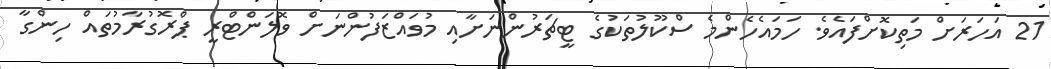
21 އަހަރަށް މަތިކޮށްފައެވެ. ހަމައެހެންމެ ސްކޫލުތަކުގެ ޓީޗަރުންނަށާއި މުވައްޒަފުންނަށް ވޮލަންޓްރީ ޕްރޮގުރާމުތައް ހިންގާ